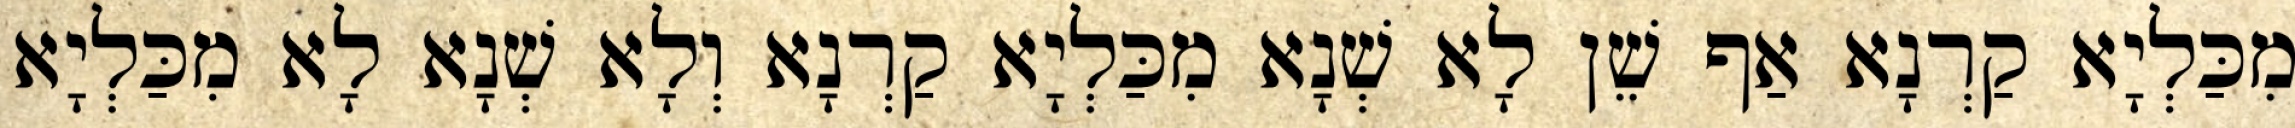
מִכַּלְיָא קַרְנָא אַף שֵׁן לָא שְׁנָא מִכַּלְיָא קַרְנָא וְלָא שְׁנָא לָא מִכַּלְיָא